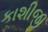
કાશીજી